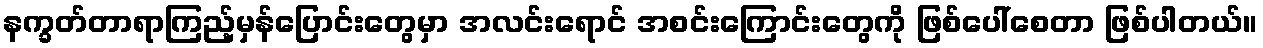
နက္ခတ်တာရာကြည့်မှန်ပြောင်းတွေမှာ အလင်းရောင် အစင်းကြောင်းတွေကို ဖြစ်ပေါ်စေတာ ဖြစ်ပါတယ်။